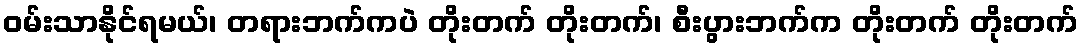
ဝမ်းသာနိုင်ရမယ်၊ တရားဘက်ကပဲ တိုးတက် တိုးတက်၊ စီးပွားဘက်က တိုးတက် တိုးတက်